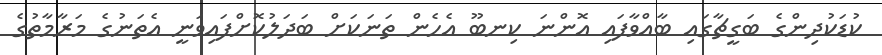
ކުޑަކުދިންގެ ބަގީޗާގައި ބާއްވާފައި އޮންނަ ކިނބޫ އެހެން ތަނަކަށް ބަދަލުކޮށްފައިވަނީ އެތަނުގެ މަރާމާތުގެ